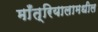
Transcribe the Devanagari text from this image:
माँत्रियालामधील